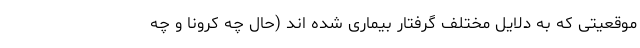
موقعیتی که به دلایل مختلف گرفتار بیماری شده اند (حال چه کرونا و چه